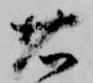
省